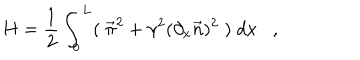
LaTeX: H = \frac { 1 } { 2 } \int _ { 0 } ^ { L } ( \; \vec { \pi } ^ { 2 } + { \gamma } ^ { 2 } ( \partial _ { x } \vec { n } ) ^ { 2 } \; ) \; d x ,